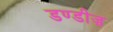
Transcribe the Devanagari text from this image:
डण्डीज़